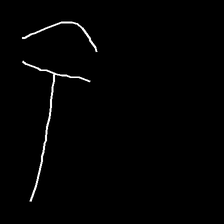
Glyph: dispersion